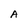
Character: A